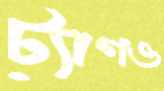
ট্যাগও